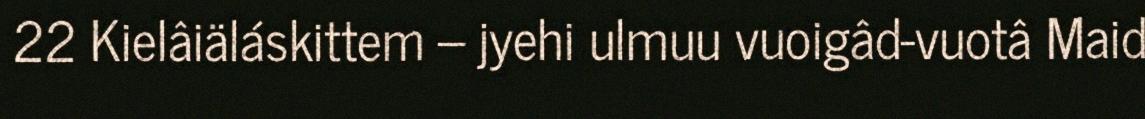
22 Kielâiäláskittem – jyehi ulmuu vuoigâd-vuotâ Maid